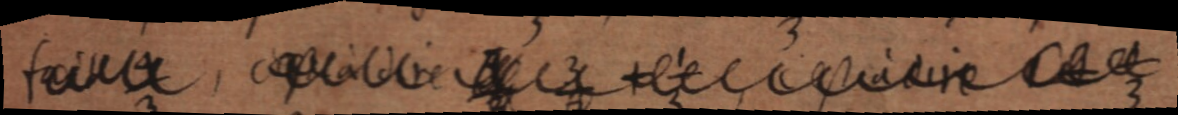
fait ⁴⁄₃, c’est à dire ⁄₃ ³⁄₉ + ⅓, c’est à dire 1 et ⁄₃